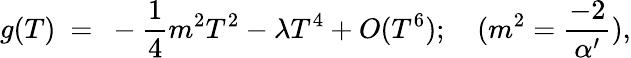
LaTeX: g(T)~=~-{\frac{1}{4}}{m^{2}}T^{2}-{\lambda}T^{4}+O(T^{6});\quad({m^{2}={\frac{-2}{\alpha^{\prime}}})},